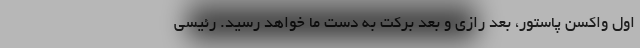
اول واکسن پاستور، بعد رازی و بعد برکت به دست ما خواهد رسید. رئیسی